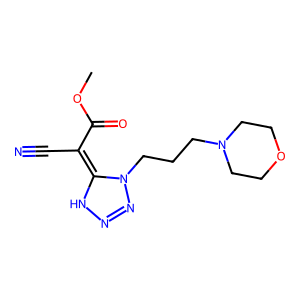
SMILES: COC(=O)C(C#N)=C1NN=NN1CCCN1CCOCC1
Inhibits HIV replication: No